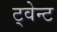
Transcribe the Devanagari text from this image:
ट्वेन्ट